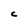
Character: C